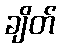
ချိတ်